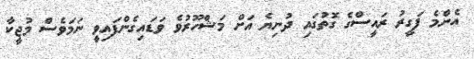
އެންމެ ފަގީރު ރައީސްގެ ގޮތުގައި ދުނިޔެ އަށް މަޝްހޫރުވެ ވަޑައިގެންފައިވީ ނަމަވެސް މުޖީކާ